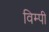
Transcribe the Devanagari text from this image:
विम्पी